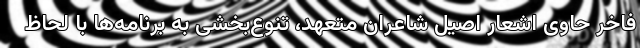
فاخر حاوی اشعار اصیل شاعران متعهد، تنوع‌بخشی به برنامه‌ها با لحاظ